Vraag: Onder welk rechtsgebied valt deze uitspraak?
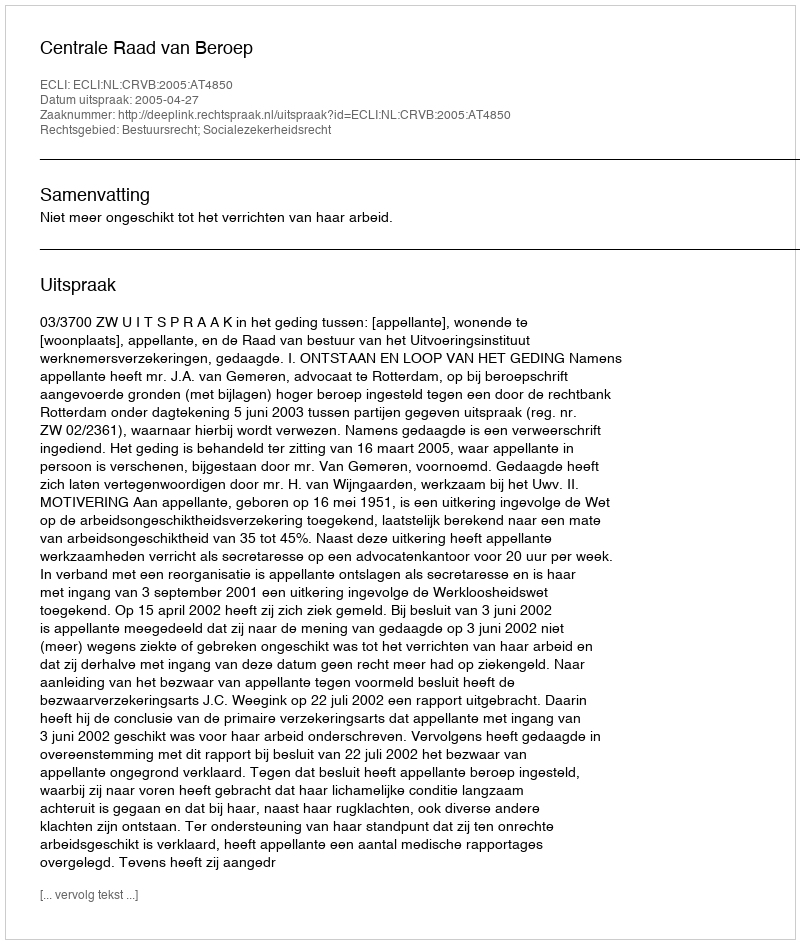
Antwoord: Bestuursrecht; Socialezekerheidsrecht